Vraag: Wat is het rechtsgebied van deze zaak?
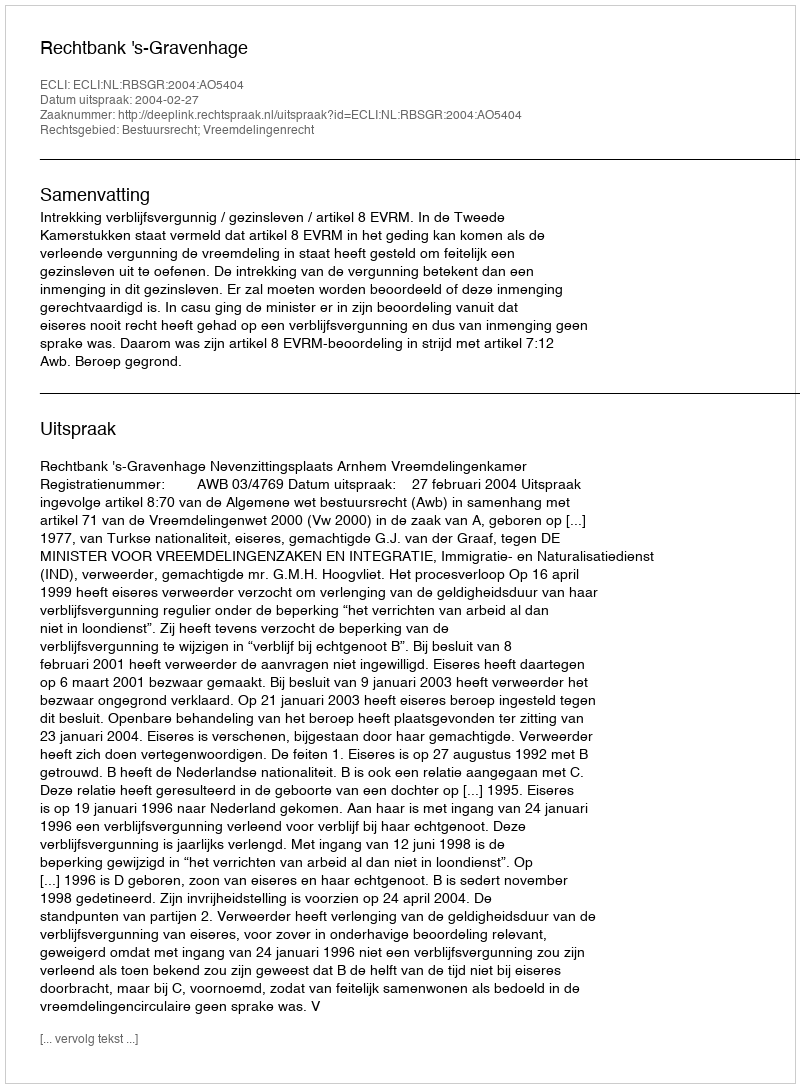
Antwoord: Bestuursrecht; Vreemdelingenrecht